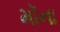
મૉના